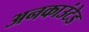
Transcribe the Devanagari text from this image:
अनकाउंटेड